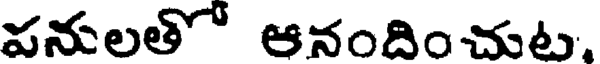
వనులతో ఆనందించుట.